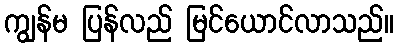
ကျွန်မ ပြန်လည် မြင်ယောင်လာသည်။